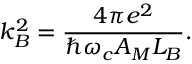
k _ { B } ^ { 2 } = { \frac { 4 \pi e ^ { 2 } } { \hbar \omega _ { c } A _ { M } L _ { B } } } .